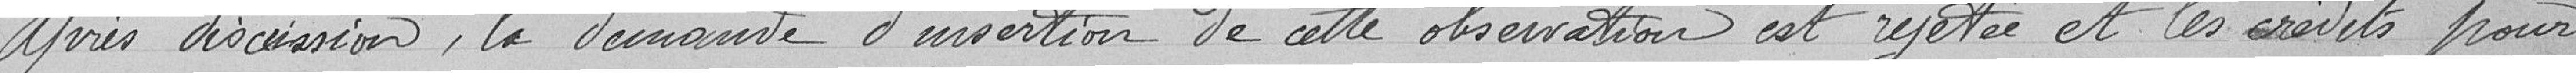
Après décision, la demande d'insertion de cette observation est rejetée et les crédits pour